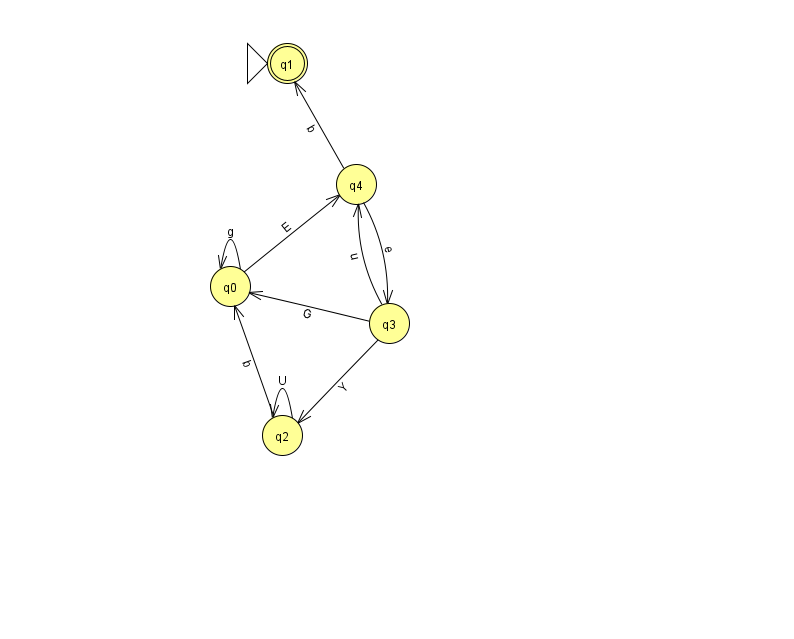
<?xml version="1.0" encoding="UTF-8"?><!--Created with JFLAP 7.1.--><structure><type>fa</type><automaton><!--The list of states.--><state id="0" name="q0"><x>230.0</x><y>273.0</y></state><state id="1" name="q1"><x>287.0</x><y>50.0</y><initial/><final/></state><state id="2" name="q2"><x>282.0</x><y>422.0</y></state><state id="3" name="q3"><x>389.0</x><y>310.0</y></state><state id="4" name="q4"><x>356.0</x><y>171.0</y></state><!--The list of transitions.--><transition><from>3</from><to>4</to><read>u</read></transition><transition><from>4</from><to>3</to><read>e</read></transition><transition><from>2</from><to>2</to><read>U</read></transition><transition><from>0</from><to>0</to><read>g</read></transition><transition><from>3</from><to>2</to><read>Y</read></transition><transition><from>3</from><to>0</to><read>G</read></transition><transition><from>4</from><to>1</to><read>b</read></transition><transition><from>0</from><to>4</to><read>E</read></transition><transition><from>2</from><to>0</to><read>b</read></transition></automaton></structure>